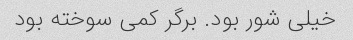
خیلی شور بود. برگر کمی سوخته بود